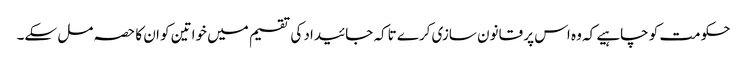
حکومت کو چاہیے کہ وہ اس پر قانون سازی کرے تاکہ جائیداد کی تقسیم میں خواتین کو ان کا حصہ مل سکے۔